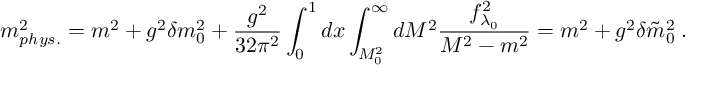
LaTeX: m _ { p h y s . } ^ { 2 } = m ^ { 2 } + g ^ { 2 } \delta m _ { 0 } ^ { 2 } + \frac { g ^ { 2 } } { 3 2 \pi ^ { 2 } } \int _ { 0 } ^ { 1 } d x \int _ { { \cal M } _ { 0 } ^ { 2 } } ^ { \infty } d { \cal M } ^ { 2 } \frac { f _ { \lambda _ { 0 } } ^ { 2 } } { { \cal M } ^ { 2 } - m ^ { 2 } } = m ^ { 2 } + g ^ { 2 } \delta \tilde { m } _ { 0 } ^ { 2 } \; .